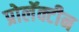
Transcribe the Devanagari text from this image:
प्रोलॅक्टीन